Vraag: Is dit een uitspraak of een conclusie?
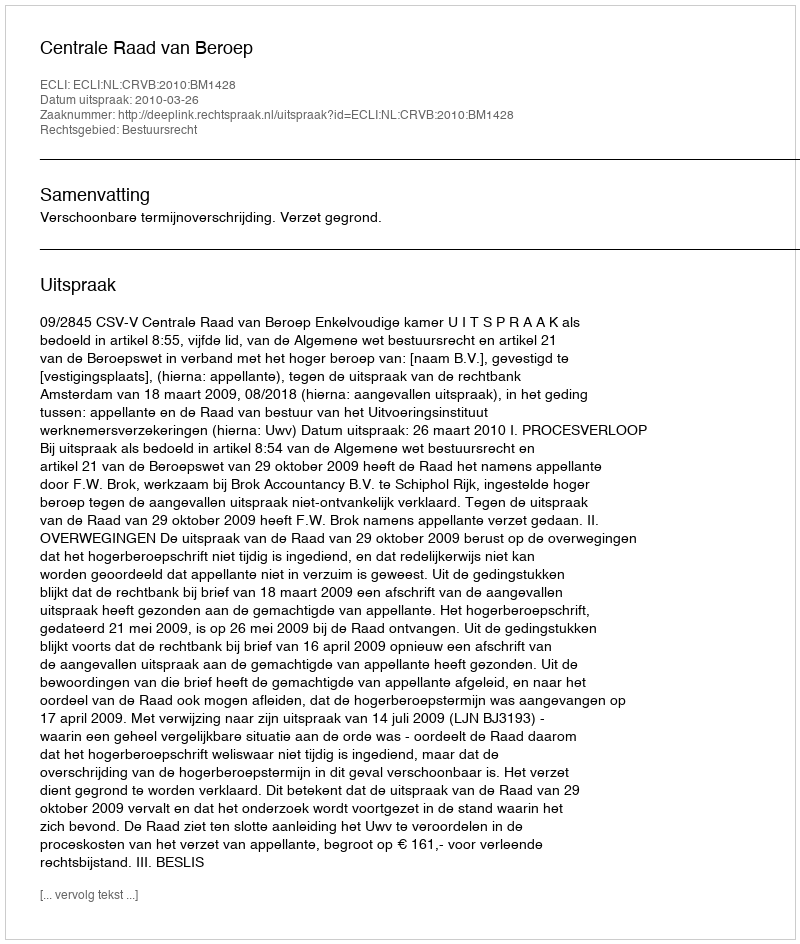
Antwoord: Uitspraak